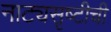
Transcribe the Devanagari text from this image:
नाट्यसृष्‍टीची